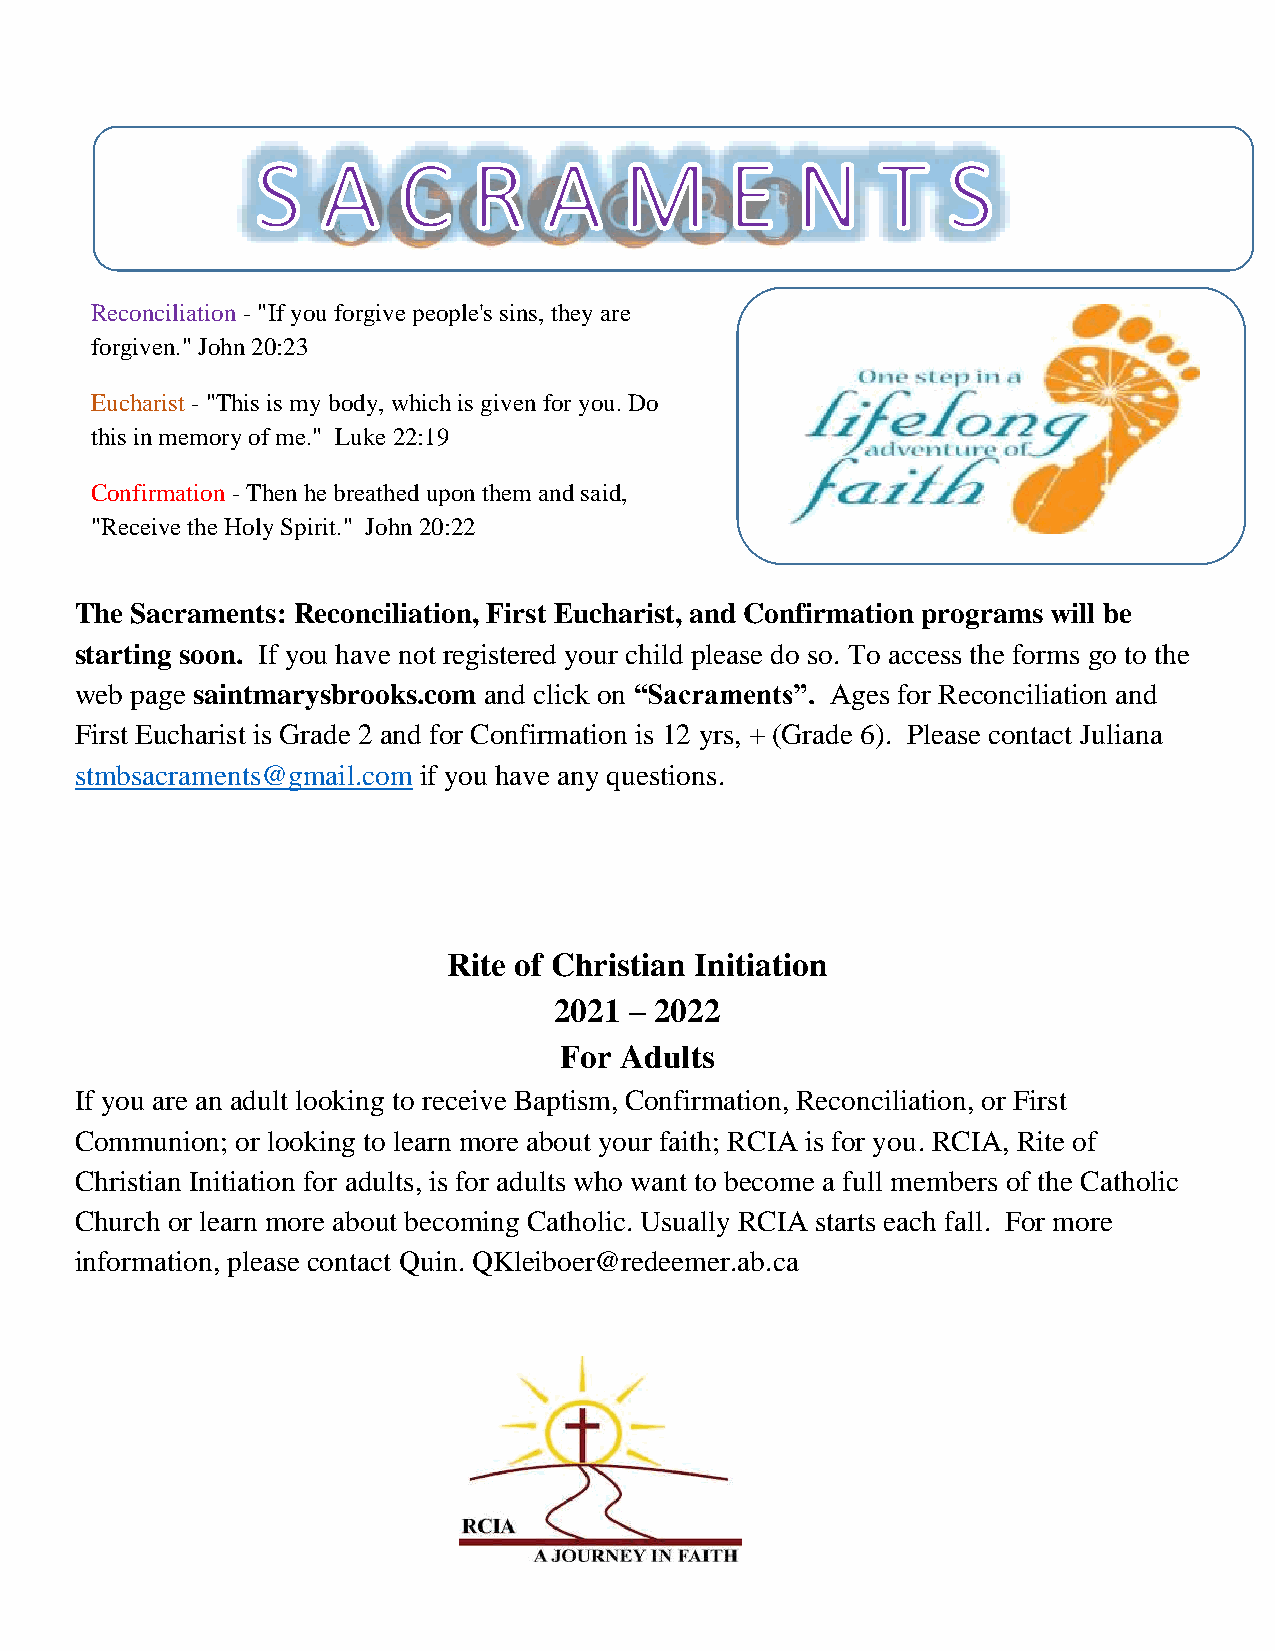
Reconciliation - "If you forgive people's sins, they are
 forgiven." John 20:23
 Eucharist - "This is my body, which is given for you. Do
 this in memory of me." Luke 22:19
 Confirmation - Then he breathed upon them and said,
 "Receive the Holy Spirit." John 20:22
 The Sacraments: Reconciliation, First Eucharist, and Confirmation programs will be
 starting soon. If you have not registered your child please do so. To access the forms go to the
 w eb page saintmarysbrooks.com and click on “Sacraments”. Ages for Reconciliation and
 First Eucharist is Grade 2 and for Confirmation is 12 yrs, + (Grade 6). Please contact Juliana
 stmbsacraments@gmail.com if you have any questions.
 Rite of Christian Initiation
 2021 – 2022
 For Adults
 If you are an adult looking to receive Baptism, Confirmation, Reconciliation, or First
 Communion; or looking to learn more about your faith; RCIA is for you. RCIA, Rite of
 Christian Initiation for adults, is for adults who want to become a full members of the Catholic
 Church or learn more about becoming Catholic. Usually RCIA starts each fall. For more
 information, please contact Quin. QKleiboer@redeemer.ab.ca